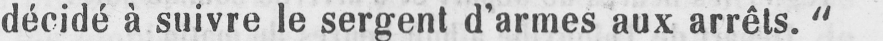
décidé à suivre le sergent d’armes aux arrêts.“